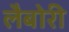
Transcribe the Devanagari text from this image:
लैबोरी